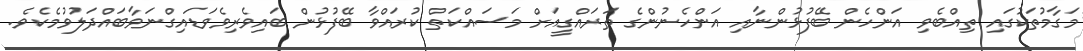
މަގާމުތަކުގައި ތިއްބެވި އަންހެން ބޭފުޅުންނާއި އަންހެނުންގެ ތަރައްގީއަށް މަސައްކަތް ކުރައްވާ ބޭފުޅުން ބައިވެރިވެވަޑައިގްނަވާބައްދަލުވުމެކެވެ.